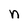
Character: n